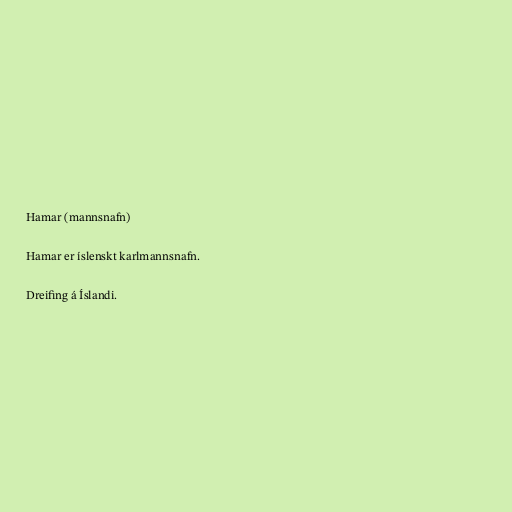
Hamar (mannsnafn)

Hamar er íslenskt karlmannsnafn.

Dreifing á Íslandi.